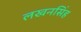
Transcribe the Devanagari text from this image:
लखनसिंह